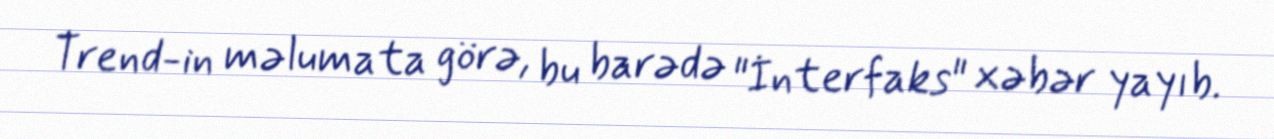
Trend-in məlumata görə, bu barədə "İnterfaks" xəbər yayıb.